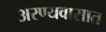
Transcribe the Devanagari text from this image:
अरण्यवासात